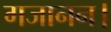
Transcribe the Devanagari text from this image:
गजानन।